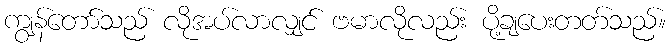
ကျွန်တော်သည် လိုအပ်လာလျှင် ဗမာလိုလည်း ပို့ချပေးတတ်သည်။